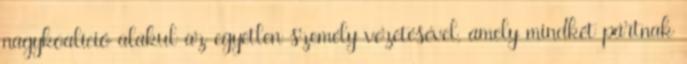
nagykoalíció alakul az egyetlen személy vezetésével, amely mindkét pártnak